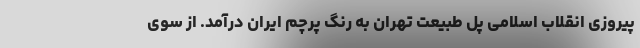
پیروزی انقلاب اسلامی پل طبیعت تهران به رنگ پرچم ایران درآمد. از سوی